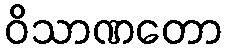
ဝိသာဏတော